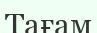
Тағам